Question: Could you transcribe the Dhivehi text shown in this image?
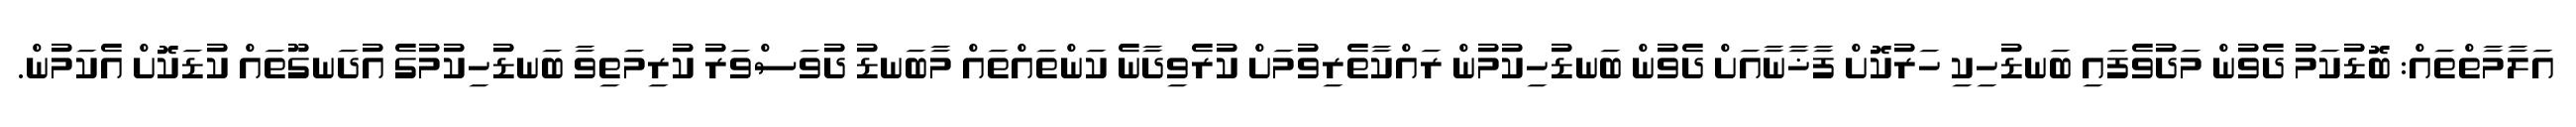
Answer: އަލާމާތްތައް: ބޮޑުކަމު ދެވުން މަދުވެފައި ބަނޑުހިކި ހަރުކޮށް ފާޚާނާއަށް ދެވުން ބަނޑުހިކުމުން ރައްކާތެރިވުމަށް ކުރެވިދާނެ ކަންތައްތައް މާބަނޑު ދުވަސްވަރު ކުރިމަތިވާ ބަނޑުހިކުމުގެ އުދަނގޫތައް ކުޑަކޮށް އެކަމުން.